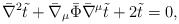
\begin{align*}\bar \nabla^2 \tilde t + \bar \nabla_\mu \bar \Phi \bar \nabla^\mu \tilde t+ 2 \tilde t = 0,\end{align*}